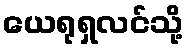
ယေရုရှလင်သို့